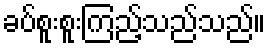
ခပ်စူးစူးကြည့်သည်သည်။